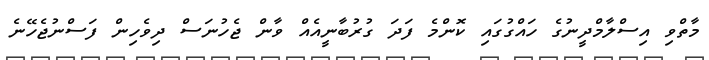
މާތްވި އިސްލާމްދީނުގެ ހައްގުގައި ކޮންމެ ފަދަ ގުރުބާނީއެއް ވާން ޖެހުނަސް ދިވެހިން ފަސްނުޖެހޭނެ